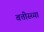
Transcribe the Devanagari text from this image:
बत्तीस्च्या